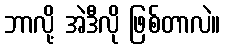
ဘာလို့ အဲဒီလို ဖြစ်တာလဲ။